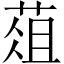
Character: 葅